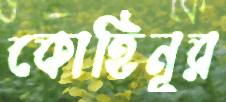
কোহিনূর